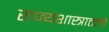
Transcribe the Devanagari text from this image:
राज्यशास्त्रातली